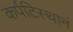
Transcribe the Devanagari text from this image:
कर्पटिस्थानं